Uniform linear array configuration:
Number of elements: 12
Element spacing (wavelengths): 1
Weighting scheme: hamming
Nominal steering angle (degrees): -30
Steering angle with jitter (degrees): -28.725
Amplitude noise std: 0.05
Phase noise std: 0.05

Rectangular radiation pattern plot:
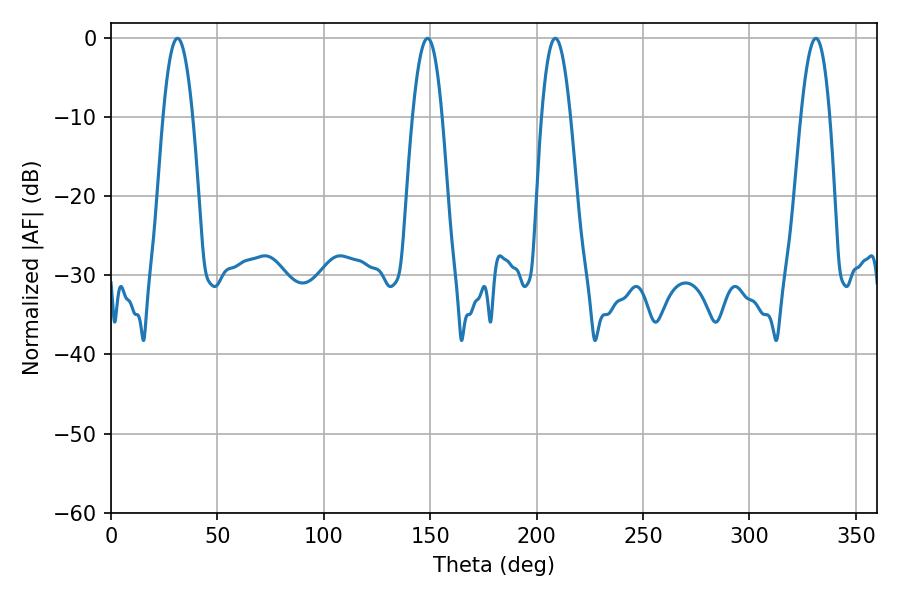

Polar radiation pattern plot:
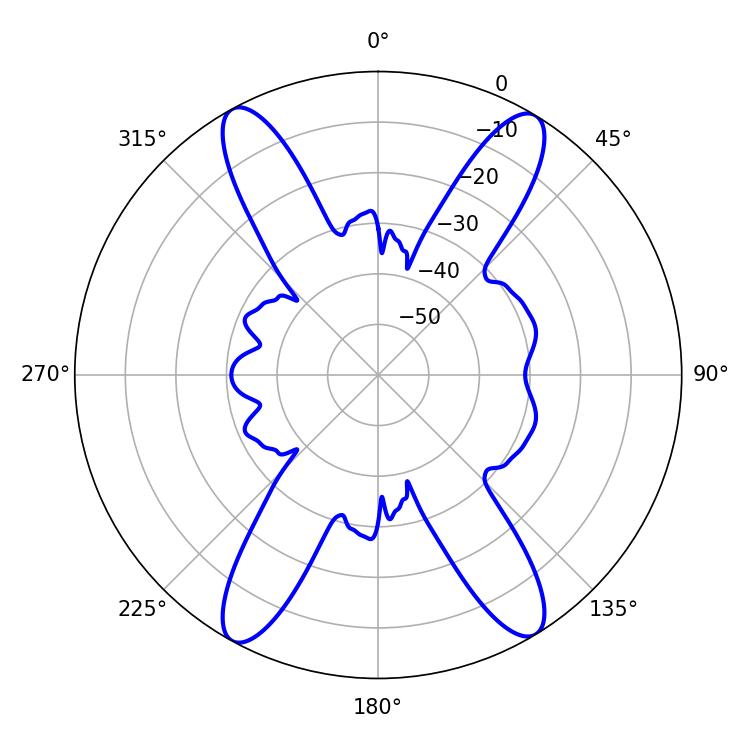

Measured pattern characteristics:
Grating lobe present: TRUE
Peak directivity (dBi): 21.396
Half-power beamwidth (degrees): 7.38
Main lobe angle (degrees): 208.8